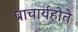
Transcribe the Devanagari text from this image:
प्राचार्यहोते